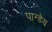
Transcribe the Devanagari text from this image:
पान्डेय